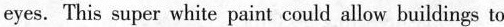
eyes. This super white paint could allow buildings to